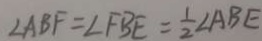
\angle A B F = \angle F B E = \frac { 1 } { 2 } \angle A B E